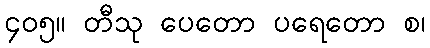
၄၀၅။ တီသု ပေတော ပရေတော စ၊